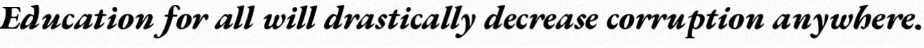
Education for all will drastically decrease corruption anywhere.